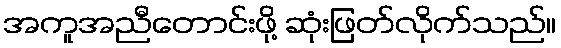
အကူအညီတောင်းဖို့ ဆုံးဖြတ်လိုက်သည်။